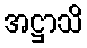
အဋ္ဌာသိ